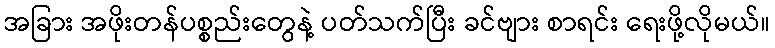
အခြား အဖိုးတန်ပစ္စည်းတွေနဲ့ ပတ်သက်ပြီး ခင်ဗျား စာရင်း ရေးဖို့လိုမယ်။